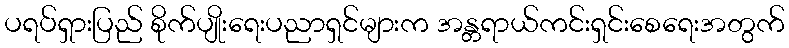
ပရပ်ရှားပြည် စိုက်ပျိုးရေးပညာရှင်များက အန္တရာယ်ကင်းရှင်းစေရေးအတွက်